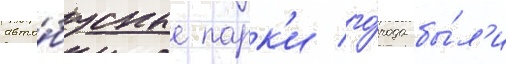
авто́бусные парк'и го́рода бы́л'и